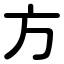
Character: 方